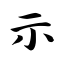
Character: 示